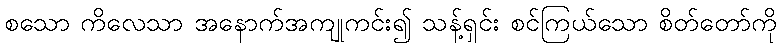
စသော ကိလေသာ အနောက်အကျုကင်း၍ သန့်ရှင်း စင်ကြယ်သော စိတ်တော်ကို